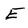
Character: E